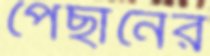
পেছানের